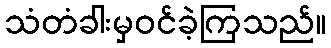
သံတံခါးမှဝင်ခဲ့ကြသည်။